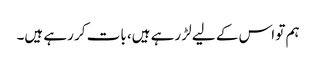
ہم تو اس کے لیے لڑ رہے ہیں، بات کر رہے ہیں۔